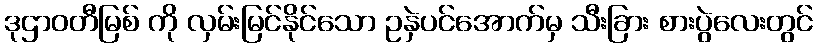
ဒုဌာဝတီမြစ် ကို လှမ်းမြင်နိုင်သော ဥနှဲပင်အောက်မှ သီးခြား စားပွဲလေးတွင်